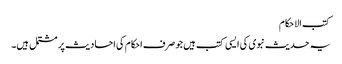
کتب الاحکام
یہ حدیث نبوی کی ایسی کتب ہیں جو صرف احکام کی احادیث پر مشتمل ہیں۔